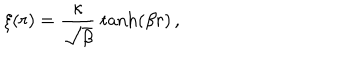
LaTeX: \xi ( r ) = \frac { \kappa } { \sqrt { \beta } } \ \mathrm { t a n h } ( \beta r ) \, ,